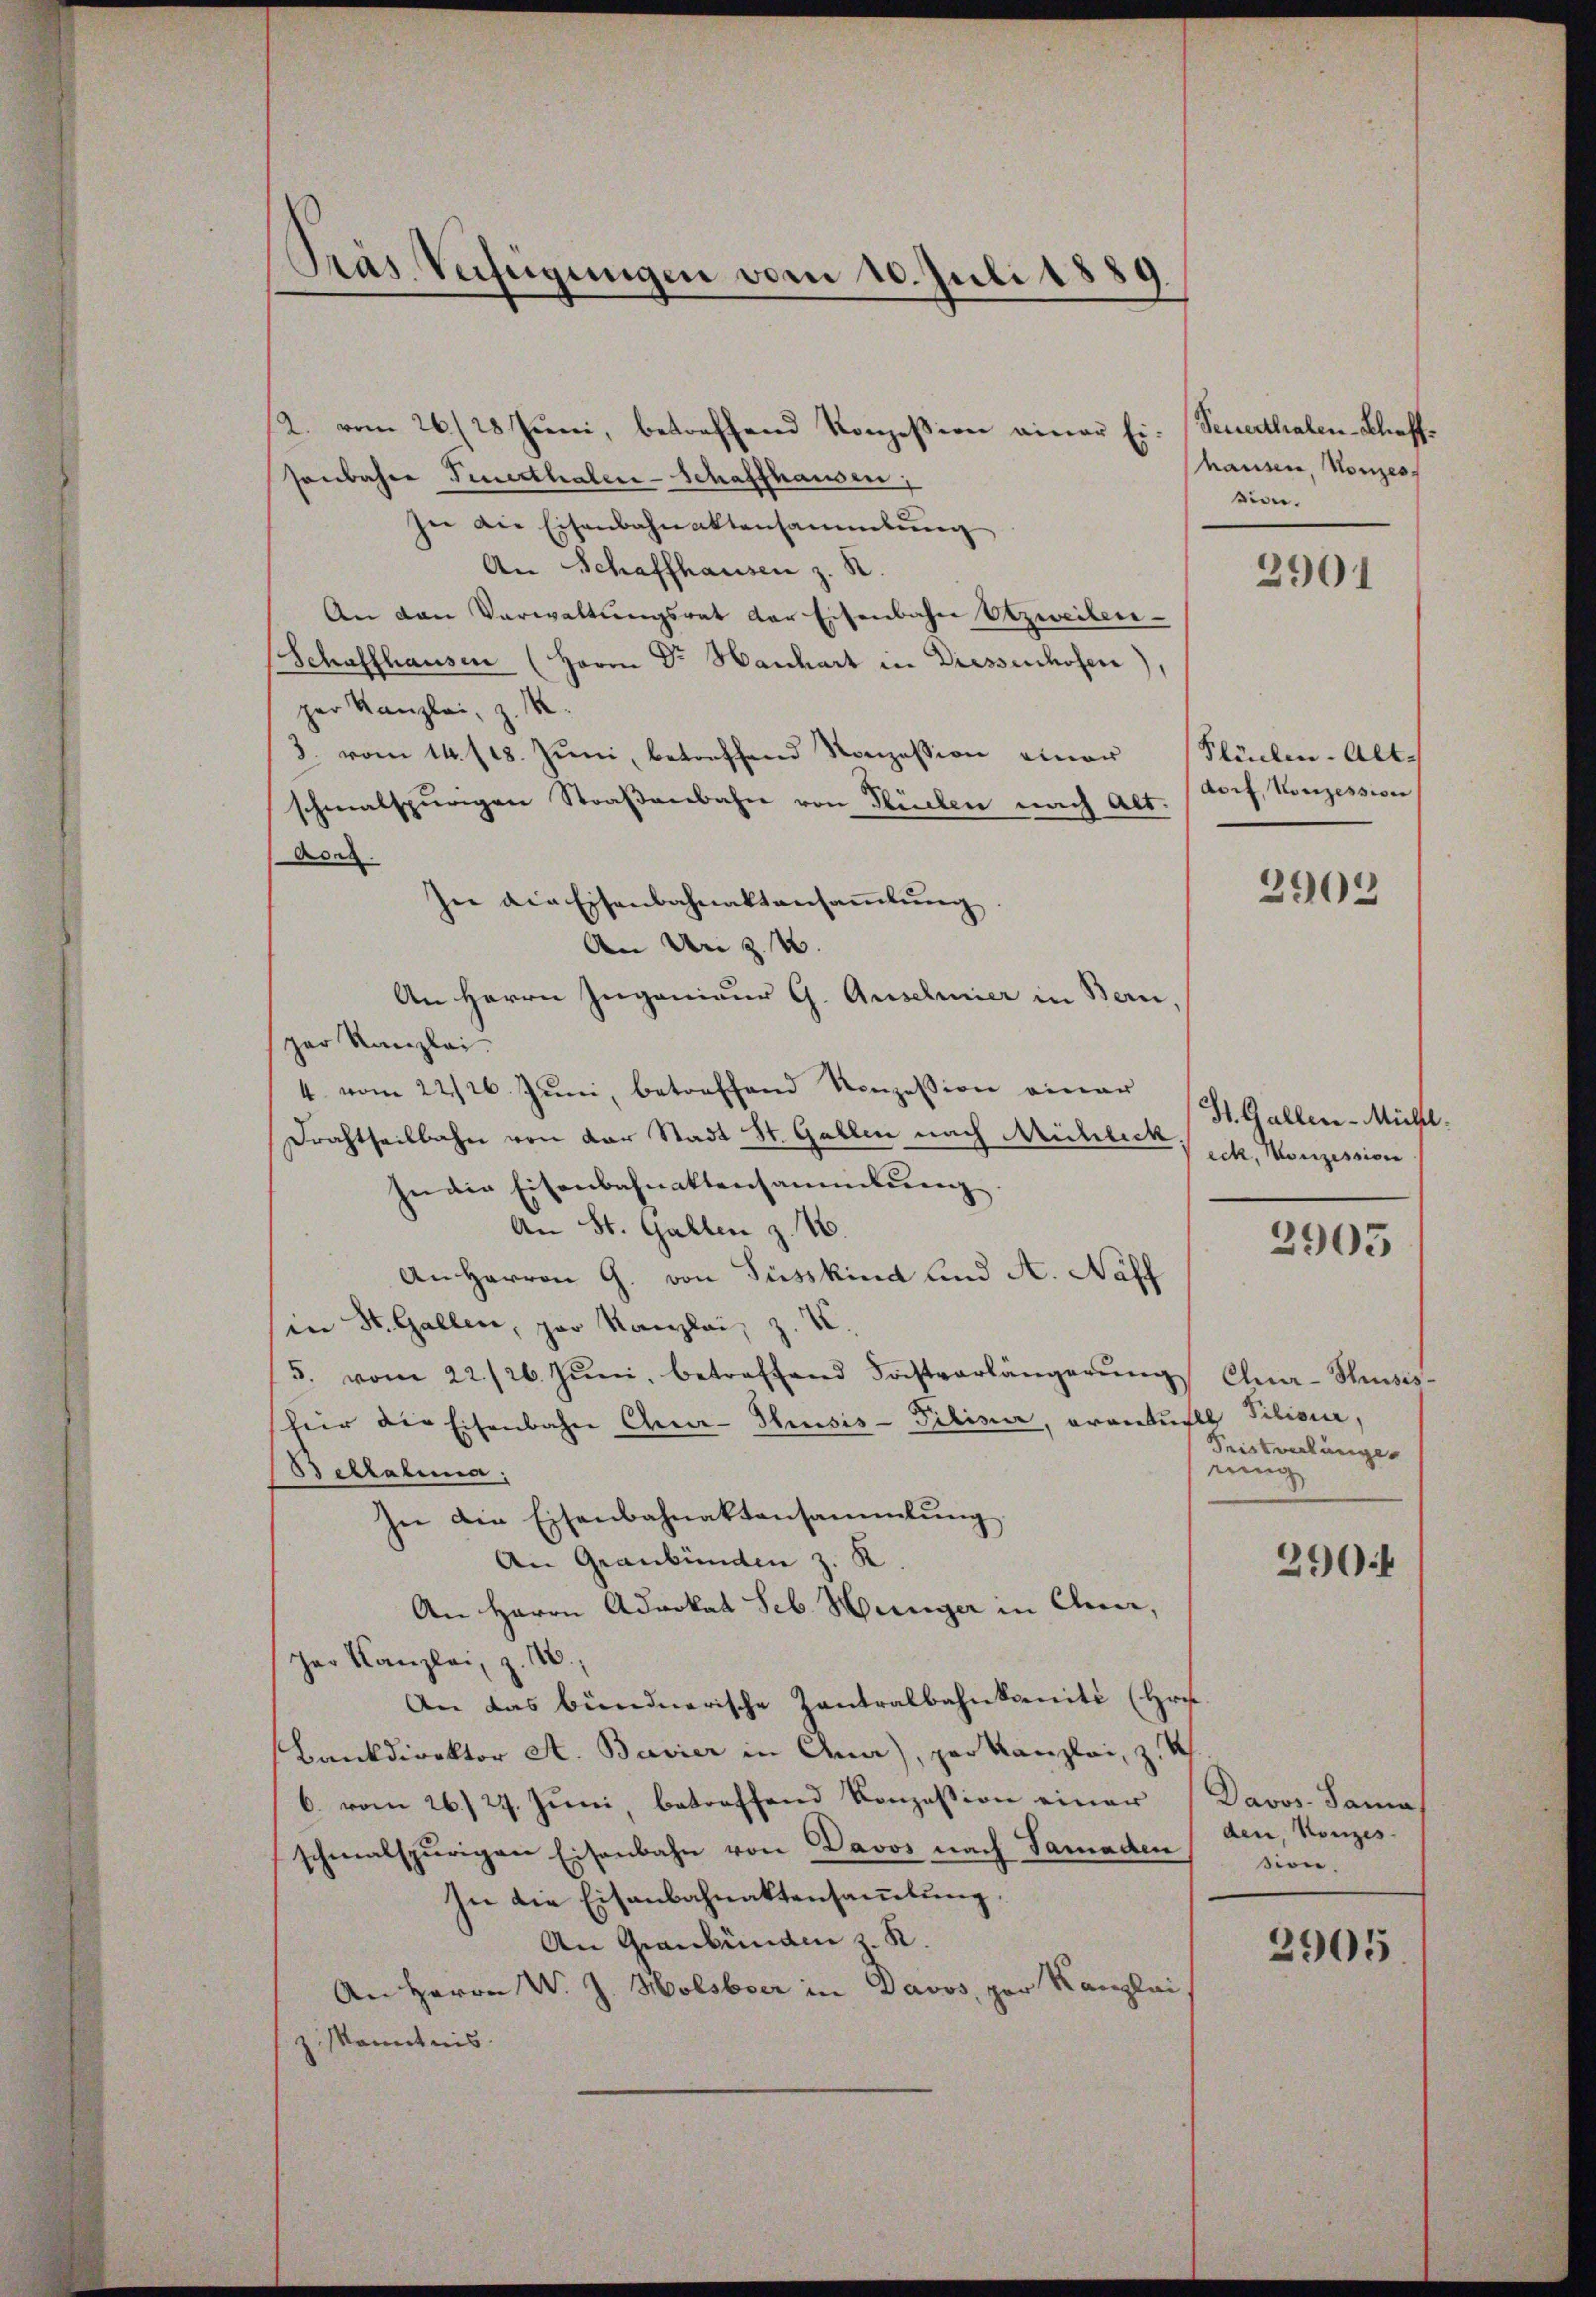
12. vom 26./28 Juni, betreffend Konzession einer Eisonbahre Feuerthalen-Schaffhausen,
ze die Eisenbahnaktensammlung
An Schaffhausen z. B.
An den Verwaltŭngsrat der Eisenbahn Abzweiten-
Schaffhausen (Herrn Dr Hanhart in Diessenhofen),
per Kanzlei, z. B.
3. vom 14. 118. Jŭni, betreffend Konzession einer Stücken-Alt-
schmalspurigen Straßenbahn von Stücken nach Alt.
Aces.
An Herrn Ingenieur G. Anschmier in Bern,
ger Kanzlei.
4. vom 22/26. Juni, betreffend Konzession einer
Drachtheilbahn von der Stadt St. Gallen nach Michlick ich. Monzession
In die Eisenbahnaktensammlung
An St. Gallen z. T.
An Herrn G. von Füsskind und A. Näff
in St. Gallen, par Kanzlei, z. Z.
5. vom 22./26. Jŭni, betreffend Forstverlängerŭng Chur-Thusis-
für die Eisenbahn Cher-Thusis - Piliner, orantuals Pilisir,
Beltalina:
In die Eisenbahnaktensammlung
An Graubünden z. K
An Herrn Advokat Seb. Hunger in Chur,
Jar Kanzlei, z. 16.
An das bündnerische Zantralbahnkomité (Hrn.
Bankdirektor A. Bavier in Ana), per Kanzlei, z. R.
6. vom 26. 27. Juni, betreffend Konzession einer Davos- Sama
schmalspurigen Eisenbahn von Davos nach Samaden
In die Eisenbahnaktensammlung.
An Graubünden z. R.
An Herrn W. J. Holsboer in Davos, per Kanzlei,
z Kenntnis.

Tras Verfügungen vom 10. Juli 1889.

her die Eisenbahnaktansaṁlŭng.
An an 34.

Seuerthalen-Schaffhausen, Konzess
sion.

2901

dorf, Konzession

2902

St. Gallen-Michl.
2905

Seistrebunge
rung

2904

den, Konzes
sion.
2905